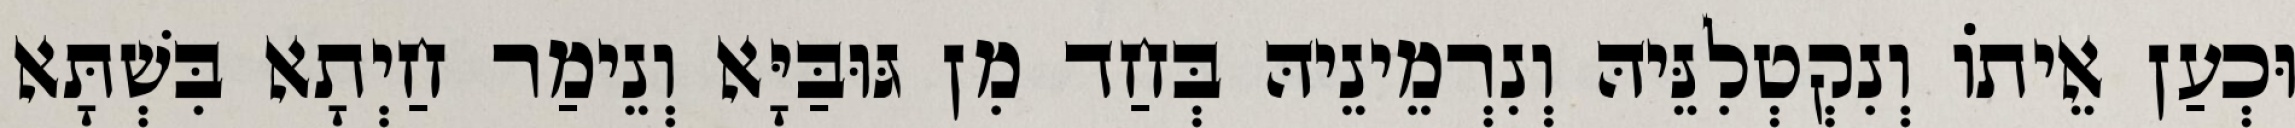
וּכְעַן אֵיתוֹ וְנִקְטְלִנֵּיהּ וְנִרְמֵינֵיהּ בְּחַד מִן גּוּבַּיָּא וְנֵימַר חַיְתָא בִּשְׁתָּא